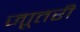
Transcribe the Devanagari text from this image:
जाूतरी